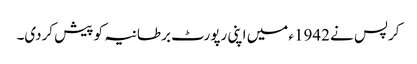
کرپس نے 1942ء میں اپنی رپورٹ برطانیہ کو پیش کردی۔